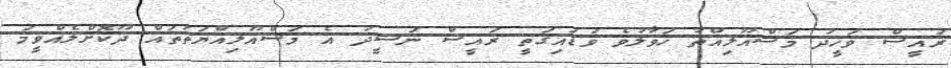
ރައީސް ވަހީދު މަސްއޫލިއްތާ ހަވާލުވެ ވަޑައިގަތީ ރައީސް ނަޝީދު އެ މަސްއޫލިއްޔަތުތައް ދޫކޮށްލެއްވީމަ